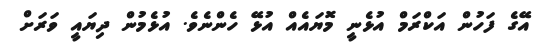
އޭގެ ފަހުން އަކްރަމް އުޅެނީ މޮޔައެއް އުޅޭ ހެންނެވެ. އުޅެމުން ދިޔައީ ވަރަށް